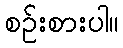
စဉ်းစားပါ။